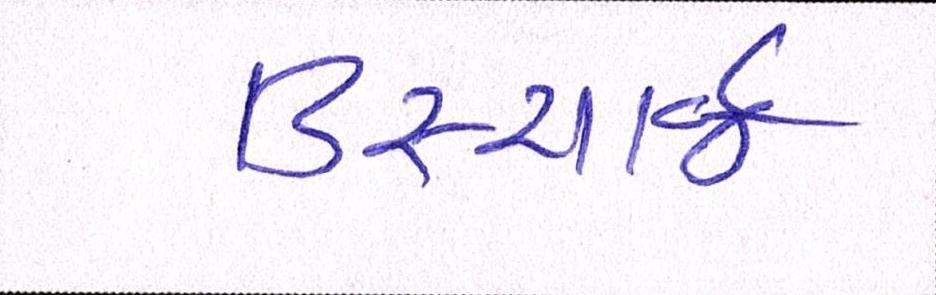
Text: ડિસ્ચાર્જ